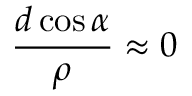
\frac { d \cos \alpha } { \rho } \approx 0